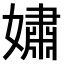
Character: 𫱷